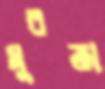
মুরতা